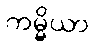
ကမ္မိယာ